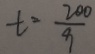
t = \frac { 2 0 0 } { 9 }